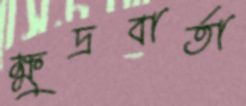
ক্ষুদ্রবার্তা